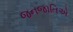
જનજાતિએ